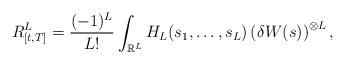
\begin{align*}R_{[t,T]}^{L}=\frac{(-1)^{L}}{L!}\int_{\mathbb{R}^{L}}H_{L}(s_{1},\ldots,s_{L})\left( \delta W(s)\right) ^{\otimes L},\end{align*}